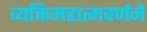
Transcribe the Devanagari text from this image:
व्यक्तिमहात्मवर्णने